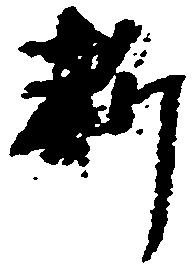
料